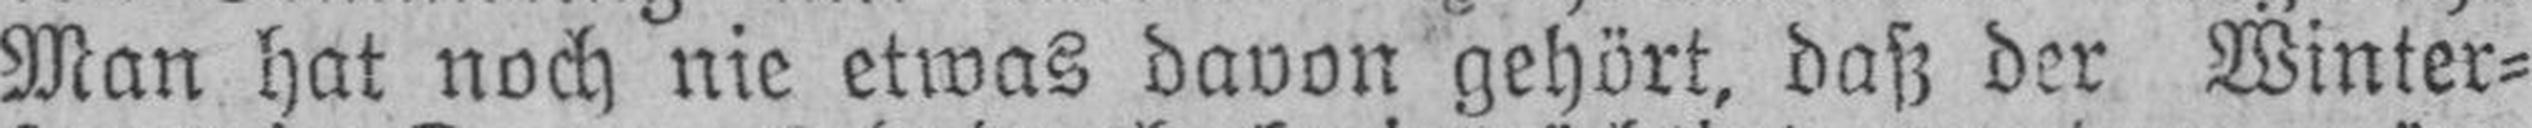
Man hat noch nie etwas davon gehört, daß der Winter¬